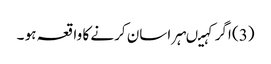
(3) اگر کہیںہراسان کرنے کا واقعہ ہو ۔